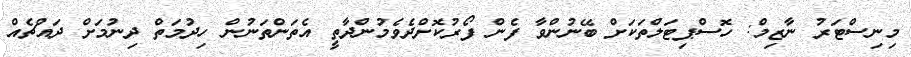
މިނިސްޓަރު ނާޒިމް: ހޮސްޕިޓަލްތަކަށް ބޭނުންވާ ފެން ފޯރުކޮށްދެވެމުންދާތީ އެތަންތަނުން ހިދުމަތް ދިނުމަށް ދައްޗެއް